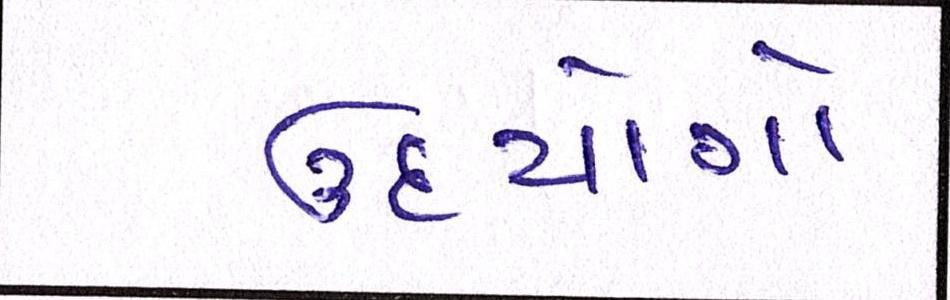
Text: ઉદ્યોગો